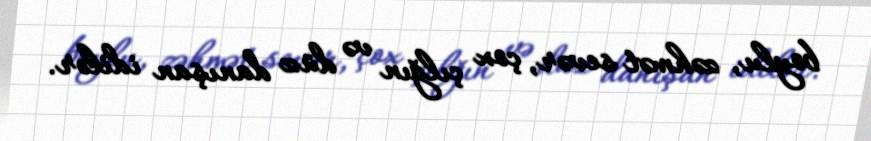
boylu, zəhmət sevər, çox çılğın və düz danışan idilər.